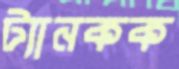
ট্যানকক